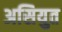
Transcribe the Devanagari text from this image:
असियुत